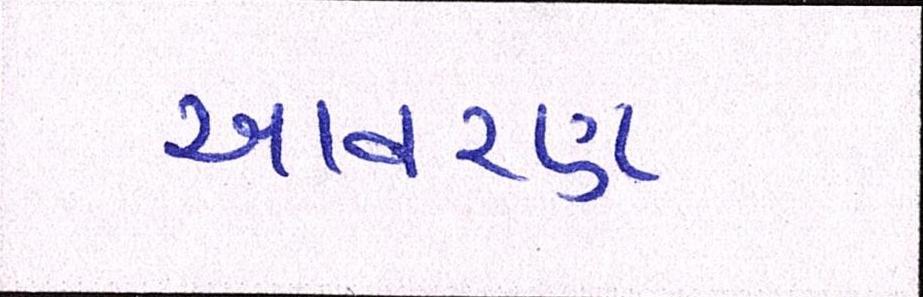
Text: આવરણ